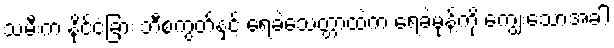
သမီးက နိုင်ငံခြား ဘီစကွတ်နှင့် ရေခဲသေတ္တာထဲက ရေခဲမုန့်ကို ကျွေးသောအခါ